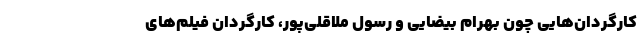
کارگردان‌هایی چون بهرام بیضایی و رسول ملاقلی‌پور، کارگردان فیلم‌های